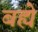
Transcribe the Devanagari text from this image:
बह्ये